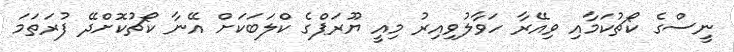
ނީސްގެ ކޯޗުކަމާއި ވިއޭރާ ހަވާލުވިއިރު މިއީ ޔޫރަޕްގެ ކްލަބަކަށް އޭނާ ކޯޗުކޮށްދޭ ފުރަތަމަ